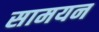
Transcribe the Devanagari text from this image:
सामयन